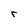
Character: r